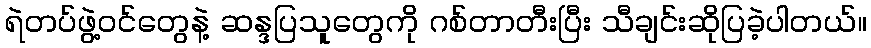
ရဲတပ်ဖွဲ့ဝင်တွေနဲ့ ဆန္ဒပြသူတွေကို ဂစ်တာတီးပြီး သီချင်းဆိုပြခဲ့ပါတယ်။